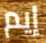
إيم